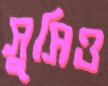
সুসিও